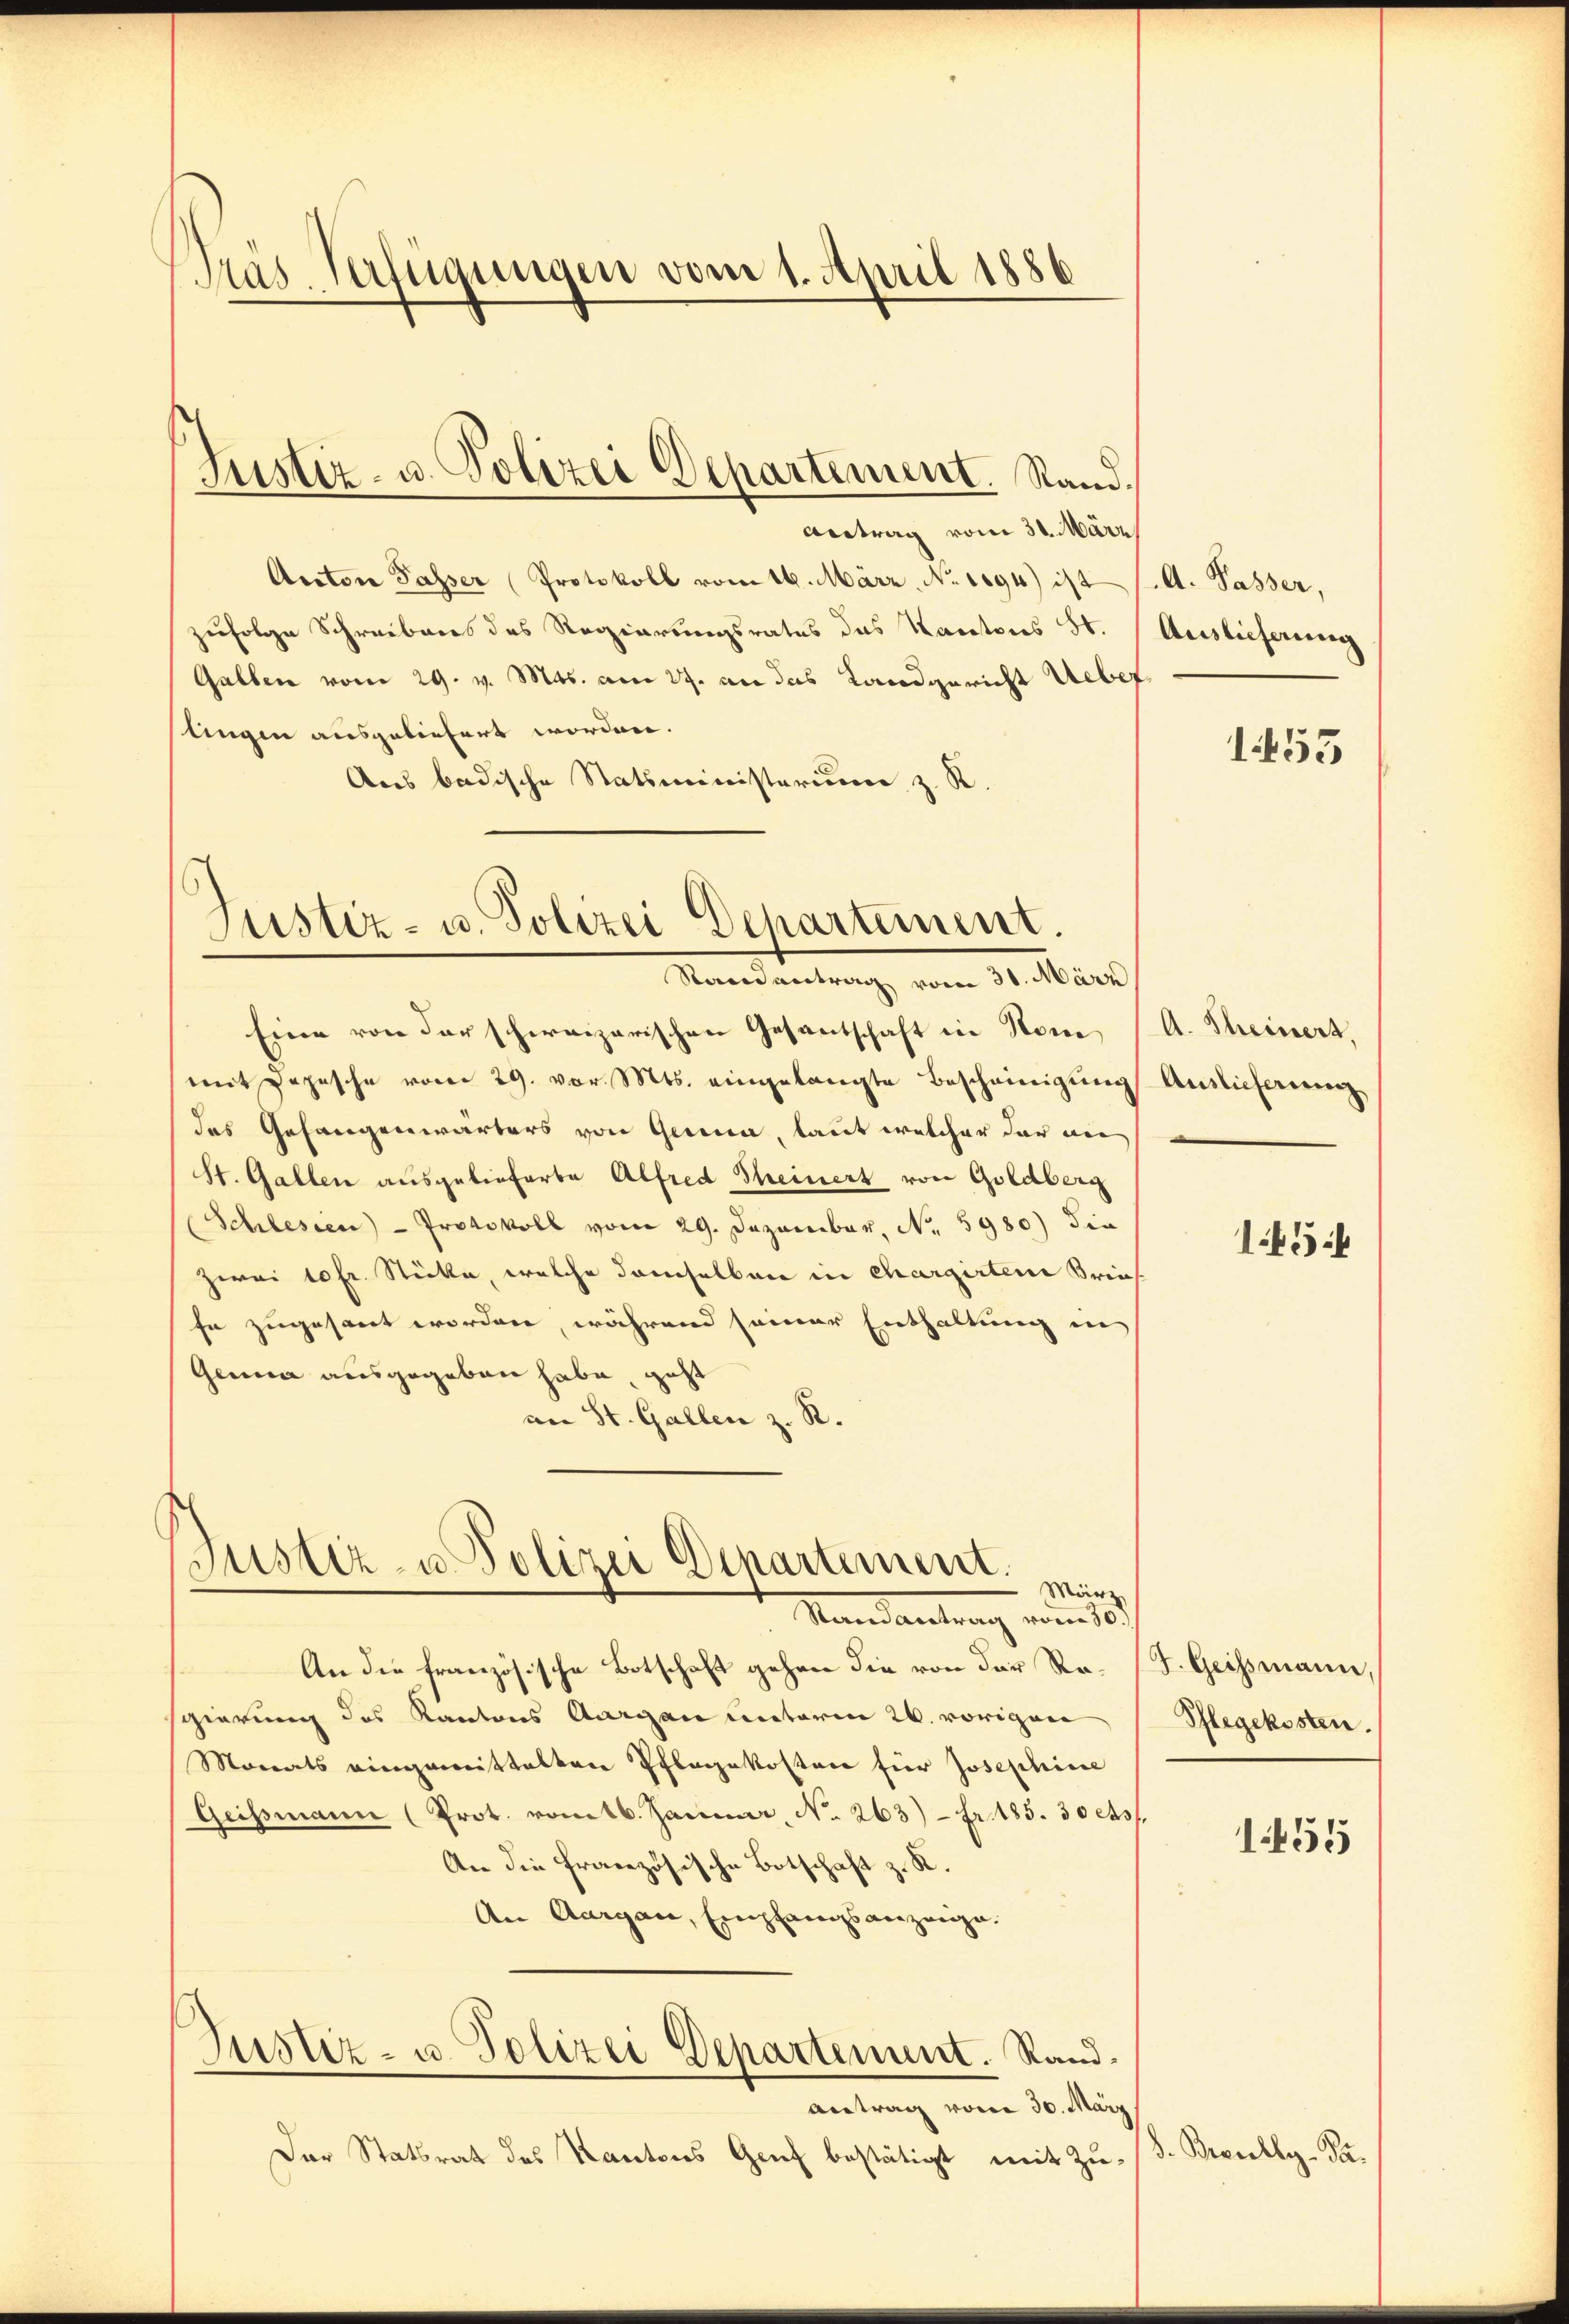
Prás Verfügungen vom 1. April 1886

Antrag vom 31. März
Actore Passer Protokoll vom 16. März. No 1094) ist
zufolge Schreibens des Regierungsrates das Kantons St.
Gallen vom 29. v. Mts. am 27. an das Landgericht Ueber
lingen ausgeliefert worden.
Ans badische Statsministerium z. R.

Justiz- u. Polizei Departement. Stand.

Justiz- u. Polizei Departement.
Randantrag vom 31. März

Justiz- u Polizei Departement.
März
Mandantrag vom 10.

Justiz- u. Polizei Departement. Rand¬

Eine von der schweizerischen Gesantschaft in Nom
mit Depesche vom 29. vor. Mts. eingelangte Bescheinigŭng Auslieferung
das Gefangenwärters von Genua, laut welcher der nie
St. Gallen ausgelieferte Alfred Theinert von Goldberg
Schlesien - Protokoll vom 29. Dezember, No. 5980) die
zwei 10 fr. Stücke, welche demselben in chargirten Brieffe zugesant worden, während seiner Enthaltung in
Genua ausgegeben habe geht
an St. Gallen z. R.

An die französische Botschaft gehen die von der Resgierung des Kantons Aargau unterm 26. vorigen
Monats eingemittalten Pflegekosten für Josephine
Geissmann (Prot. vomtb. Januar, No 263) - fr. 185. 30 ets
An die französische Botschaft z. R.
An Aargau, Empfangsanzeige.

Antrag vom 30. März
Der Statsrat des Kantons Genf bestätigt mit Zu¬

A. Passer,
Auslieferung

1455

A. Scheinert.

145:

F. Geismann,
Pflegekosten.

1455

8. Bevielly-Pa¬